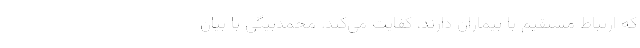
که ارتباط مستقیم با بیماران دارند، کفایت می‌کند. محمدبیگی با بیان